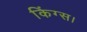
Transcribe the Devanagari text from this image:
किंग्स।